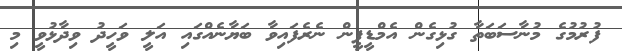
ފުރުމުގެ މުނާސަބަތާ ގުޅިގެން އެމްޑީޕީން ނެރެފައިވާ ބަޔާނެއްގައި އަލީ ވަހީދު ވިދާޅުވީ މި